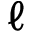
\ell